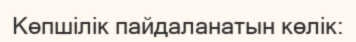
Көпшілік пайдаланатын көлік: